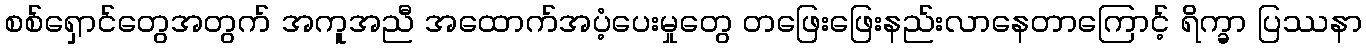
စစ်ရှောင်တွေအတွက် အကူအညီ အထောက်အပံ့ပေးမှုတွေ တဖြေးဖြေးနည်းလာနေတာကြောင့် ရိက္ခာ ပြဿနာ